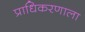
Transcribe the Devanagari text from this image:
प्राधिकरणाला